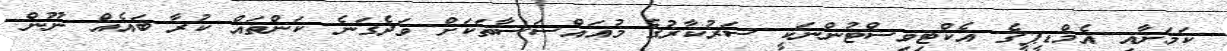
ކަމަށާއި އެމްޑީޕީގެ އެކްޓިވިސްޓުންނަކީ ސަރުކާރުގެ މުއައްސަސާތަކަށް ވަދެގަނެ ކަންތައް ކުރާ ބައެއް ނޫން